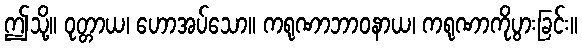
ဤသို့။ ဝုတ္တာယ၊ ဟောအပ်သော။ ကရုဏာဘာဝနာယ၊ ကရုဏာကိုပွားခြင်း။